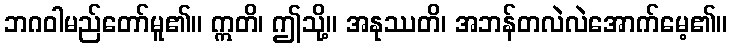
ဘဂဝါမည်တော်မူ၏။ ဣတိ၊ ဤသို့။ အနုဿတိ၊ အဘန်တလဲလဲအောက်မေ့၏။